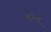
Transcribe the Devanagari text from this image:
करेमू